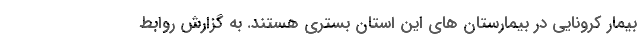
بیمار کرونایی در بیمارستان های این استان بستری هستند. به گزارش روابط